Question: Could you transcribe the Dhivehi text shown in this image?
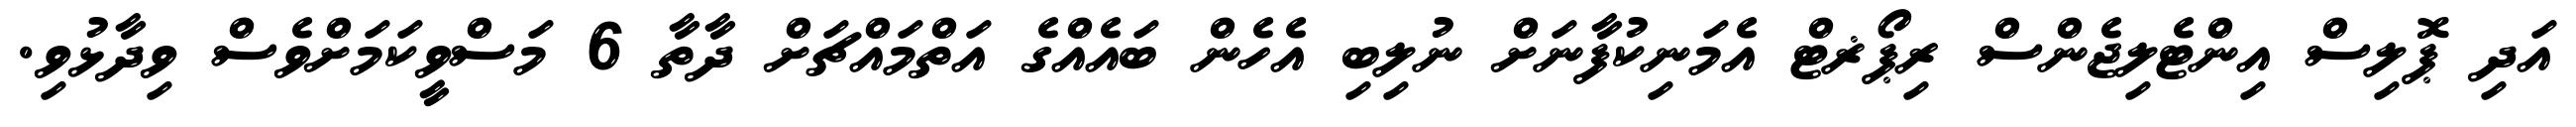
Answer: އަދި ޕޮލިސް އިންޓެލިޖެންސް ރިޕޯޜޓް އެމަނިކުފާނަށް ނުލިބި އެހެން ބައެއްގެ އަތްމައްޗަށް ދާތާ 6 މަސްވީކަމަށްވެސް ވިދާޅުވި.